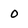
Character: O